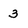
Character: 3